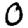
Digit: 0